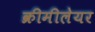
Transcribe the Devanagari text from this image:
क्रीमीलेयर